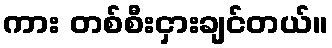
ကား တစ်စီးငှားချင်တယ်။